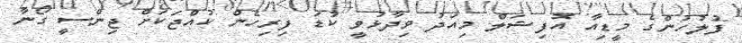
ފުލުހުންގެ މީޑިއާ އޮފިޝަލް މިއަދު ވިދާޅުވީ ކުޑަ ފިރިހެން ކުއްޖަކަށް ޖިންސީ ގޯނާ